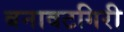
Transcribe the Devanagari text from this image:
बनावटगिरी